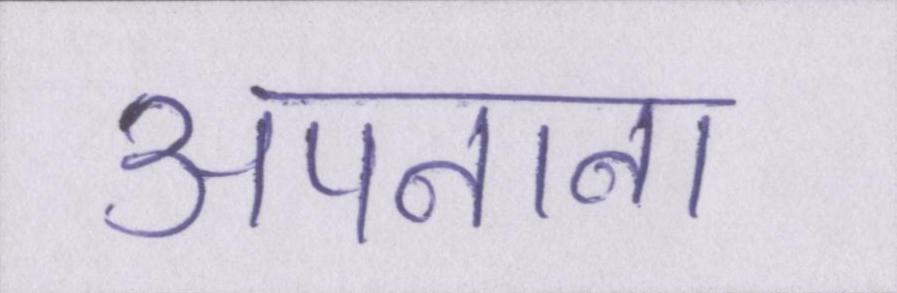
अपनाना